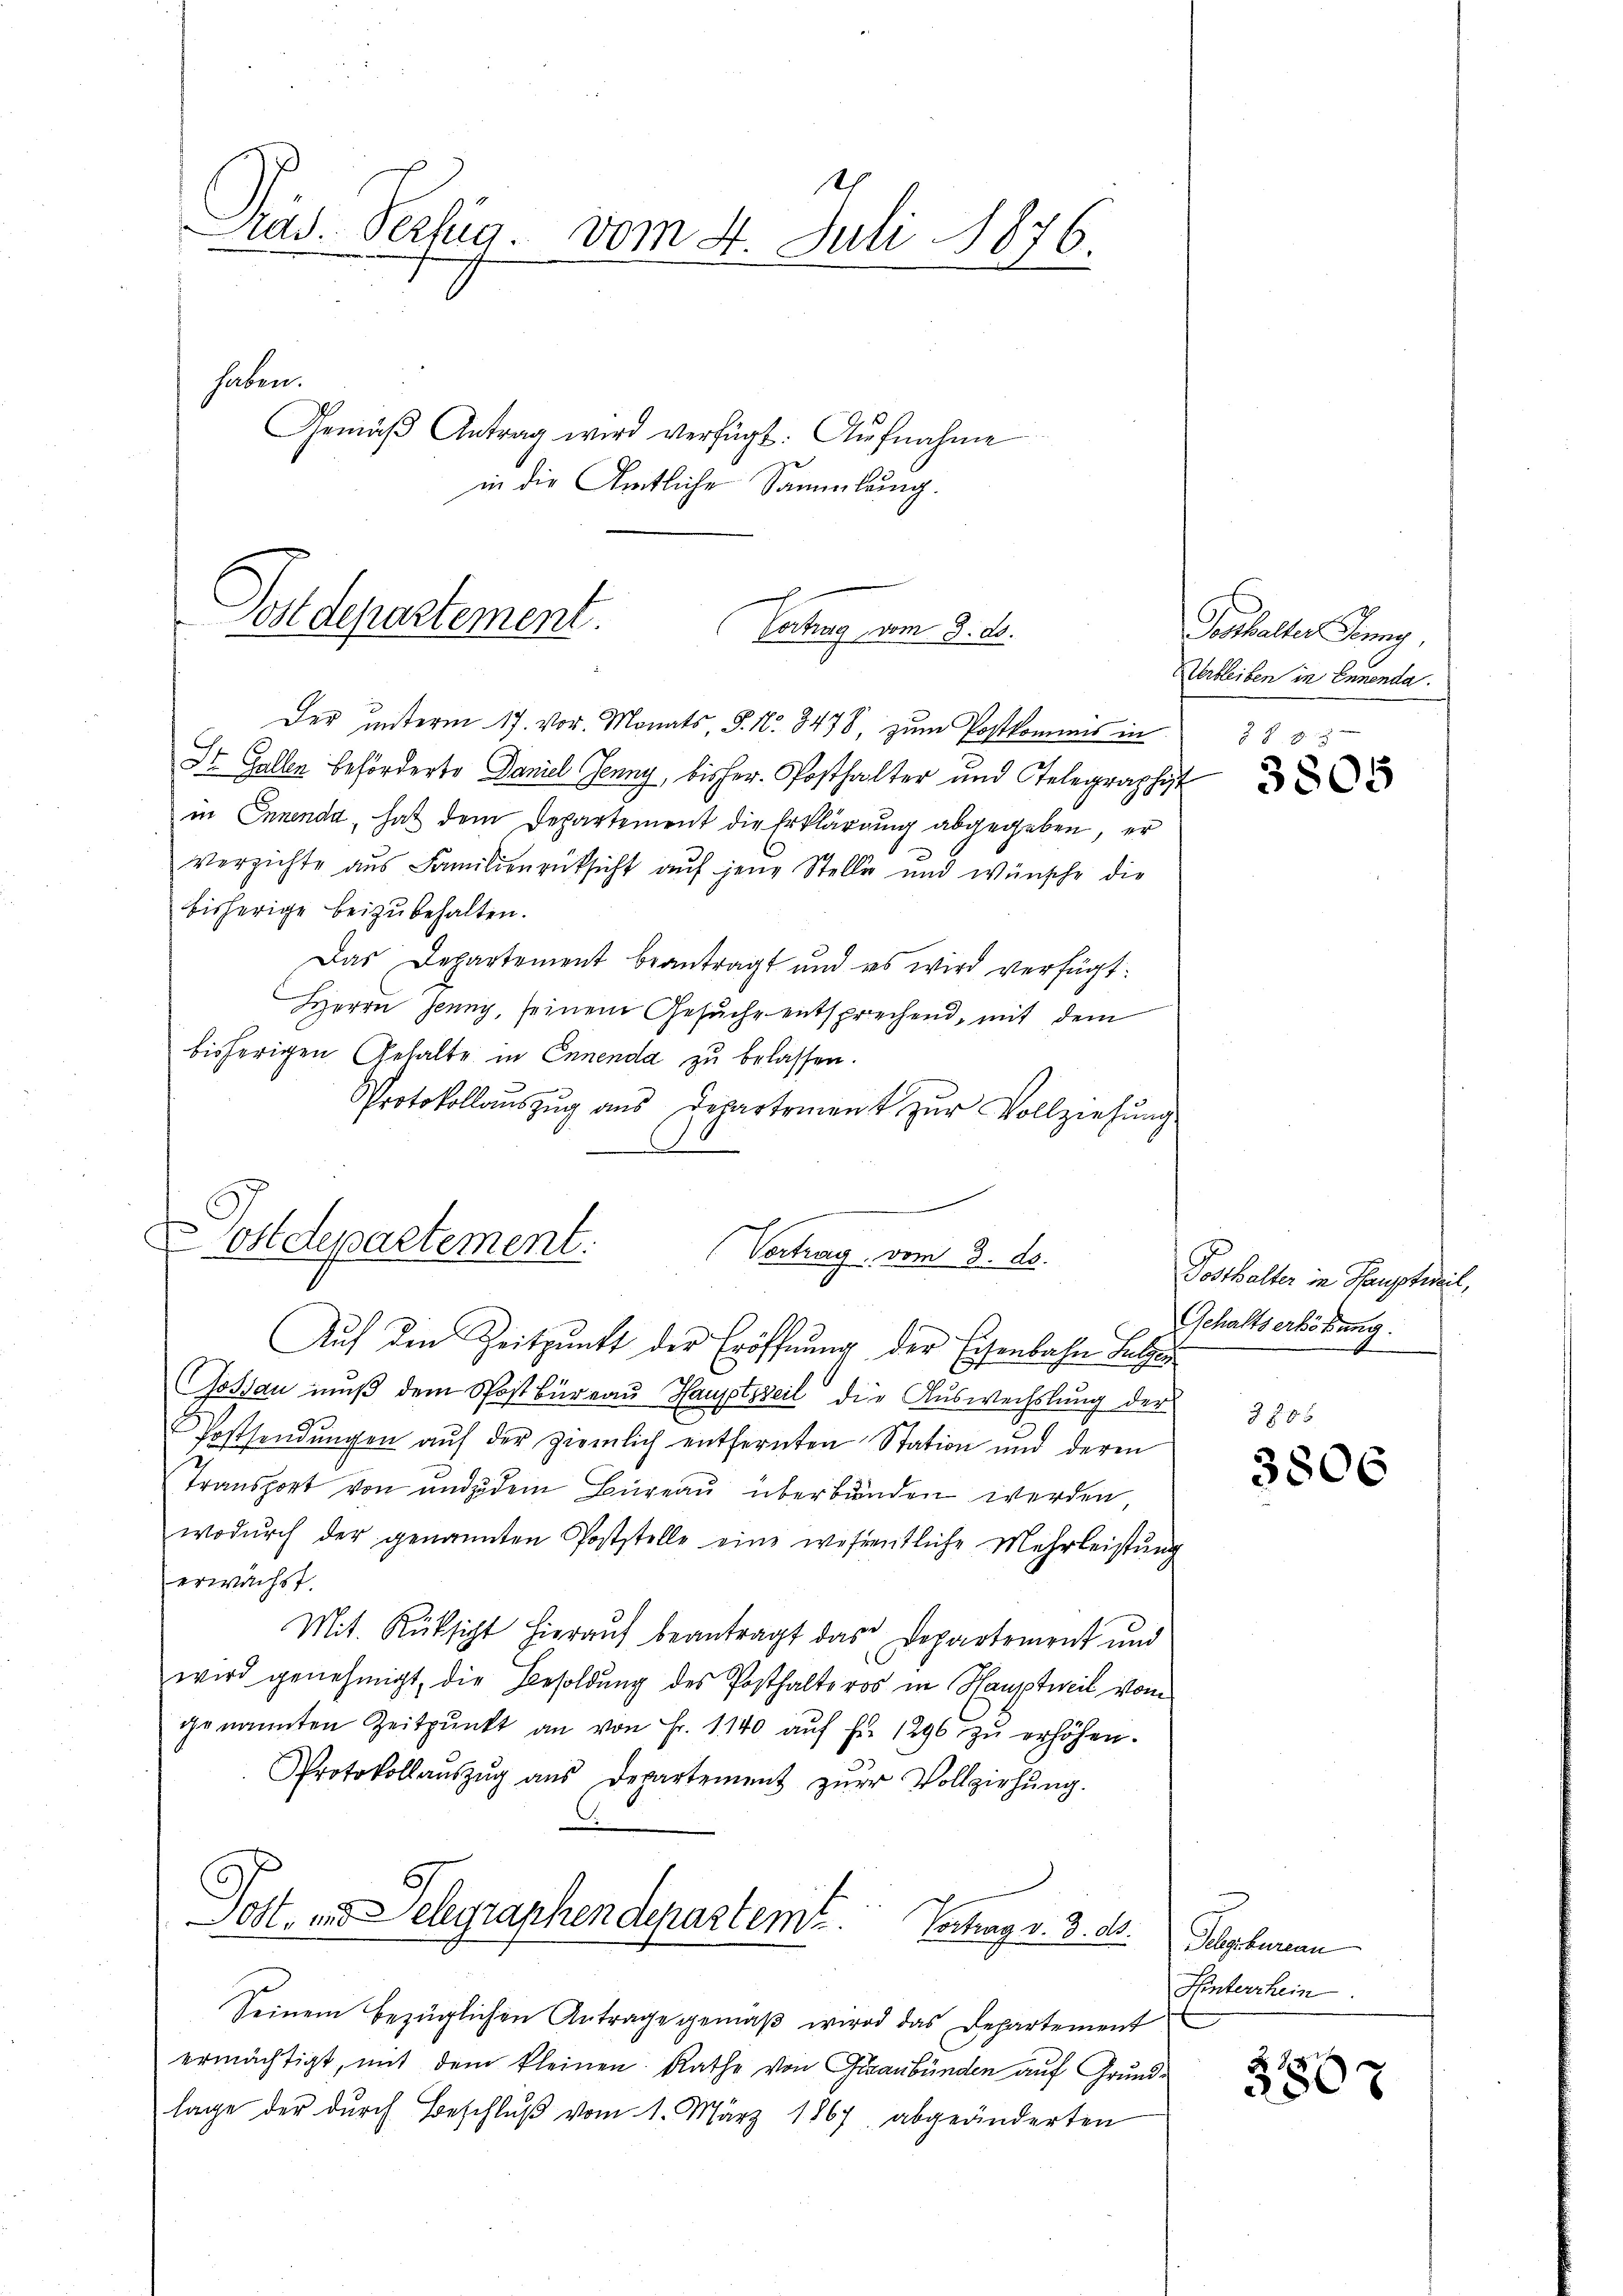
e
Prad. Verzug vom 4. Juli 1876.
haben.
Gemäβ Antrag wird verfügt: Aŭfnahme
in die Amtliche Sammlung.

Postdepartement.
n
Vertrag vom 8. ds.

Der unterm 17. vor. Monats, S. Nr. 3478, zŭm Postkommis in
St. Gallen beförderte Daniel Jenny, bisher Posthalter und Telegraphist
in Ennenda, hat dem Departement die Erklärung abgegeben, er
verzichte aus Familienrücksicht auf jene Stelle und wünsche die
bisherige beizubehalten.
Das Departement beantragt und es wird verfügt:
Herrn Jenny, seinem Gesuche entsprechend, mit dem
bisherigen Gehalte in Ennenda zu belassen.
Protokollaŭszŭg ans Departement zŭr Vollziehŭng
Gossau muß dem Postbüreau Hauptsteil die Auswechslung der
Postsendungen auf der ziemlich entfernten Station und deren
Transport von und zudem Büreau überbunden werden,
wodŭrch der genannten Poststelle eine wesentliche Mehrleistŭng
erwächst.
Mit Rüksicht hierauf beantragt das Departement und
wird genehmigt, die Besoldung des Posthalteros in Hauptweil vom
genannten Zeitpŭnkt an von Fr. 1140 aŭf Fr. 1296 zŭ erhöhen.
Protokollaŭszŭg ans Departement zŭr Vollziehŭng.
Post, und Telegraphendepartemt. Vortrag v. 3. ds. Schenbureau
Seinem bezüglichen Antrage gemäβ wird das Departement
ermächtigt, mit dem kleinen Rathe von Graubünden auf Grundlage der durch Beschlŭβ vom 1. März 1867 abgeänderten

ostdepartement.
Vortrag, vom 3. ds.
Auf den Zeitpunkt der Eröffnung der Eisenbahn Batze

Poshalter Jung
Uerbleiben in Ennenda
1 f 0 x

Posthalter in Hauptweil,
Gehaltserhöhung.

Hinterrhein.

2785

3806

5807